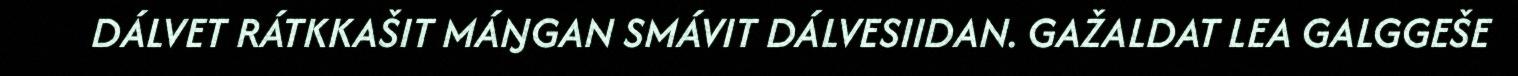
DÁLVET RÁTKKAŠIT MÁŊGAN SMÁVIT DÁLVESIIDAN. GAŽALDAT LEA GALGGEŠE